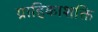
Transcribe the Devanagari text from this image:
ग्राहिकाशक्ति